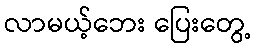
လာမယ့်ဘေး ပြေးတွေ့